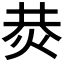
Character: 𤈈